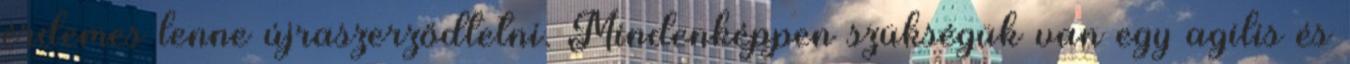
érdemes lenne újraszerződtetni. Mindenképpen szükségük van egy agilis és